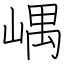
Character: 嵎